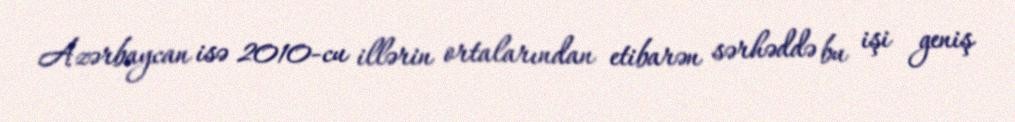
Azərbaycan isə 2010-cu illərin ortalarından etibarən sərhəddə bu işi geniş